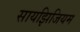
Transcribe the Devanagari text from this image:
सायझिजियम